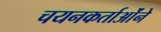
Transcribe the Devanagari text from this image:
चयनकर्ताओंने